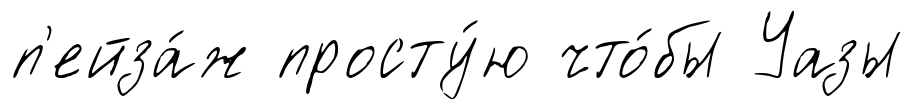
п'ейза́ж просту́ю что́бы Уазы